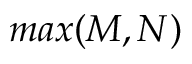
m a x ( M , N )